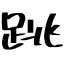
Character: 跳